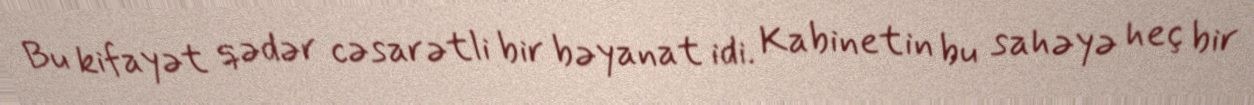
Bu kifayət qədər cəsarətli bir bəyanat idi. Kabinetin bu sahəyə heç bir